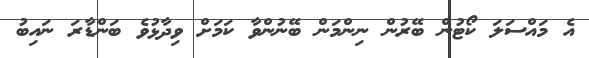
އެ މައްސަލަ ކޯޓުން ބޭރުން ނިންމަން ބޭނުންވާ ކަމަށް ވިދާޅުވެ ބަންޑާރަ ނައިބު